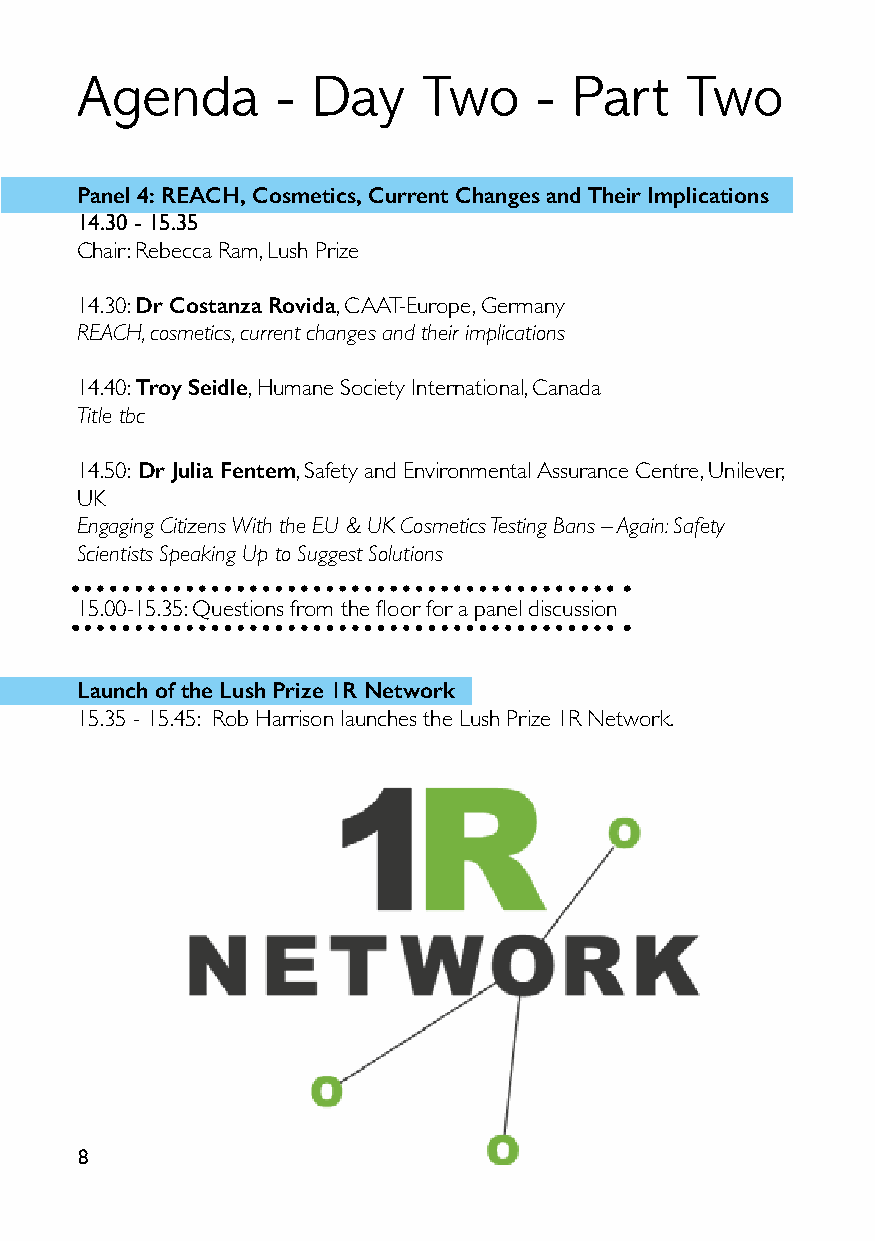
Agenda       -  Day    Two    -  Part   Two
 Panel 4: REACH, Cosmetics, Current Changes and Their Implications
 14.30 - 15.35
 Chair: Rebecca Ram, Lush Prize
 14.30: Dr Costanza Rovida, CAAT-Europe, Germany
 REACH, cosmetics, current changes and their implications
 14.40: Troy Seidle, Humane Society International, Canada
 Title tbc
 14.50: Dr Julia Fentem, Safety and Environmental Assurance Centre, Unilever,
 UK
 Engaging Citizens With the EU & UK Cosmetics Testing Bans – Again: Safety
 Scientists Speaking Up to Suggest Solutions
 15.00-15.35: Questions from the floor for a panel discussion
 Launch of the Lush Prize 1R Network
 15.35 - 15.45: Rob Harrison launches the Lush Prize 1R Network.
 8